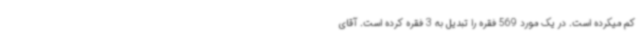
کم میکرده است. در یک مورد 569 فقره را تبدیل به 3 فقره کرده است. آقای